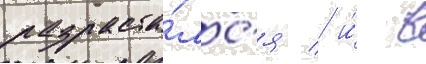
разраста́лс'я / и́ в